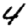
Digit: 4